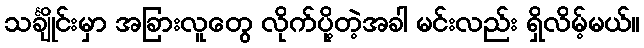
သင်္ချိုင်းမှာ အခြားလူတွေ လိုက်ပို့တဲ့အခါ မင်းလည်း ရှိလိမ့်မယ်။